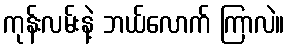
ကုန်းလမ်းနဲ့ ဘယ်လောက် ကြာလဲ။